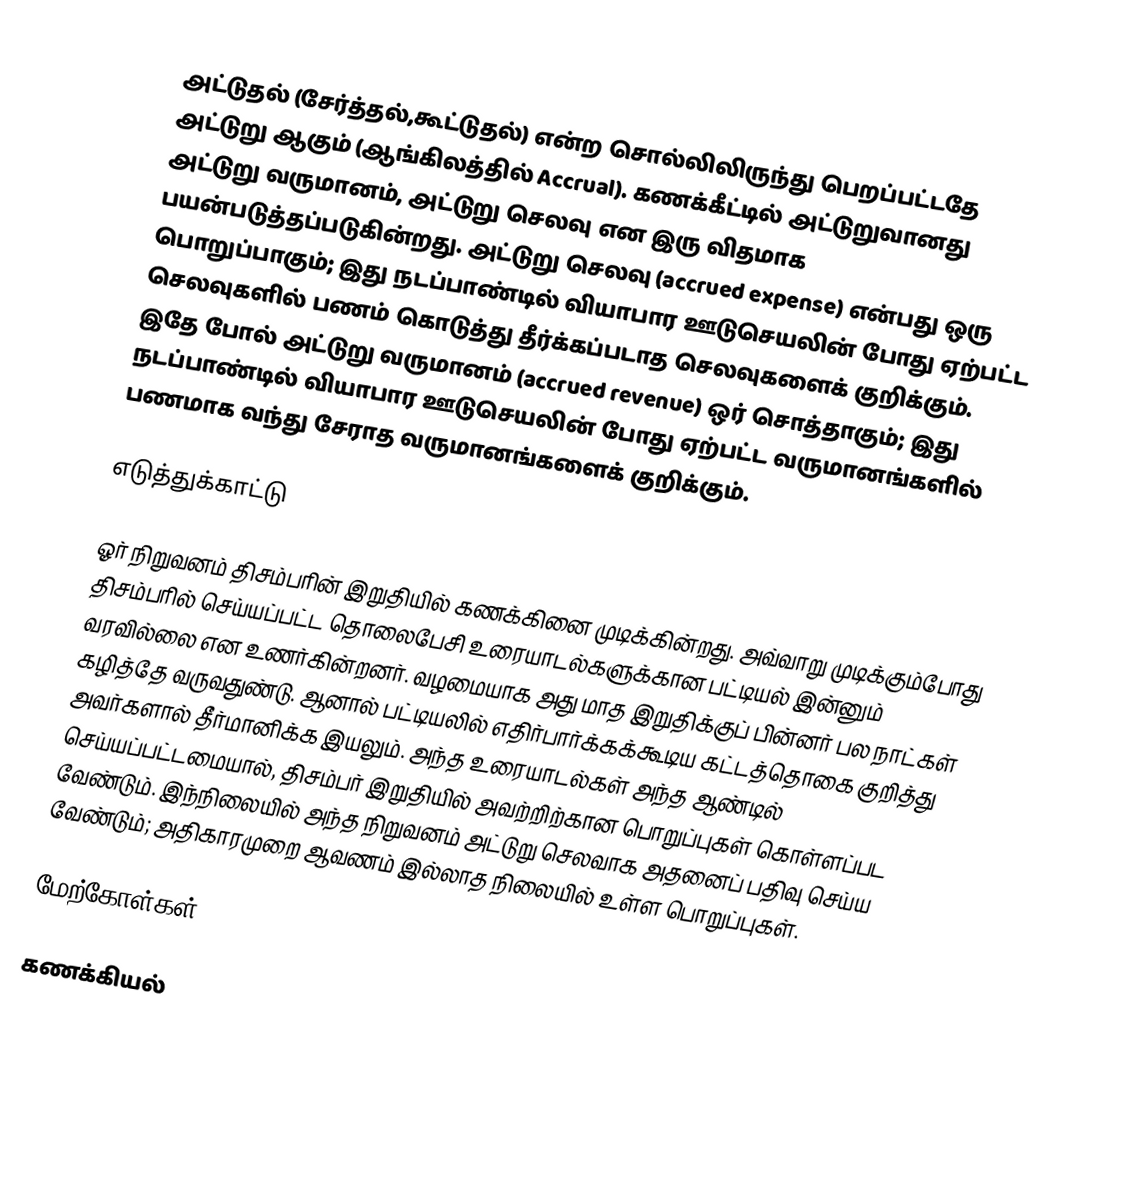
அட்டுதல் (சேர்த்தல்,கூட்டுதல்) என்ற சொல்லிலிருந்து பெறப்பட்டதே அட்டுறு ஆகும் (ஆங்கிலத்தில் Accrual). கணக்கீட்டில் அட்டுறுவானது அட்டுறு வருமானம், அட்டுறு செலவு என இரு விதமாக பயன்படுத்தப்படுகின்றது. அட்டுறு செலவு (accrued expense) என்பது ஒரு பொறுப்பாகும்; இது நடப்பாண்டில் வியாபார ஊடுசெயலின் போது ஏற்பட்ட செலவுகளில் பணம் கொடுத்து தீர்க்கப்படாத செலவுகளைக் குறிக்கும். இதே போல் அட்டுறு வருமானம் (accrued revenue) ஒர் சொத்தாகும்; இது நடப்பாண்டில் வியாபார ஊடுசெயலின் போது ஏற்பட்ட வருமானங்களில் பணமாக வந்து சேராத வருமானங்களைக் குறிக்கும்.

எடுத்துக்காட்டு

ஓர் நிறுவனம் திசம்பரின் இறுதியில் கணக்கினை முடிக்கின்றது. அவ்வாறு முடிக்கும்போது திசம்பரில் செய்யப்பட்ட தொலைபேசி உரையாடல்களுக்கான பட்டியல் இன்னும் வரவில்லை என உணர்கின்றனர். வழமையாக அது மாத இறுதிக்குப் பின்னர் பல நாட்கள் கழித்தே வருவதுண்டு. ஆனால் பட்டியலில் எதிர்பார்க்கக்கூடிய கட்டத்தொகை குறித்து அவர்களால் தீர்மானிக்க இயலும். அந்த உரையாடல்கள் அந்த ஆண்டில் செய்யப்பட்டமையால், திசம்பர் இறுதியில் அவற்றிற்கான பொறுப்புகள் கொள்ளப்பட வேண்டும். இந்நிலையில் அந்த நிறுவனம் அட்டுறு செலவாக அதனைப் பதிவு செய்ய வேண்டும்; அதிகாரமுறை ஆவணம் இல்லாத நிலையில் உள்ள பொறுப்புகள்.

மேற்கோள்கள்

கணக்கியல்